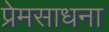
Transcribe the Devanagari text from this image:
प्रेमसाधना